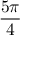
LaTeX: \frac { 5 \pi } { 4 }